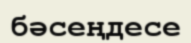
бәсеңдесе